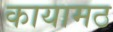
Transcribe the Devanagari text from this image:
कायामठ